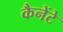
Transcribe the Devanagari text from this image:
कैनेंटे